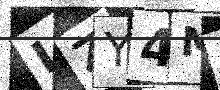
Text: IZY4MS